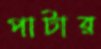
পাটার